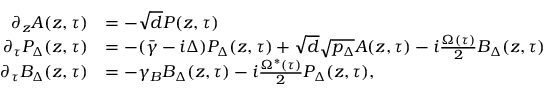
\begin{array} { r l } { \partial _ { z } A ( z , \tau ) } & { = - \sqrt { d } P ( z , \tau ) } \\ { \partial _ { \tau } P _ { \Delta } ( z , \tau ) } & { = - ( \bar { \gamma } - i \Delta ) P _ { \Delta } ( z , \tau ) + \sqrt { d } \sqrt { p _ { \Delta } } A ( z , \tau ) - i \frac { \Omega ( \tau ) } { 2 } B _ { \Delta } ( z , \tau ) } \\ { \partial _ { \tau } B _ { \Delta } ( z , \tau ) } & { = - \gamma _ { B } B _ { \Delta } ( z , \tau ) - i \frac { \Omega ^ { * } ( \tau ) } { 2 } P _ { \Delta } ( z , \tau ) , } \end{array}